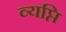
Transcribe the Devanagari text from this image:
व्यप्ति